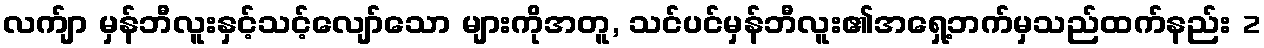
လက်ျာ မှန်ဘီလူးနှင့်သင့်လျော်သော များကိုအတူ, သင်ပင်မှန်ဘီလူး၏အရှေ့ဘက်မှသည်ထက်နည်း 2